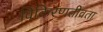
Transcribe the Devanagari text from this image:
विकिरणतीव्रता